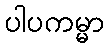
ပါပကမ္မာ